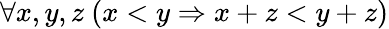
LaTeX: \forall x,y,z\ (x<y\Rightarrow x+z<y+z)